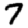
Digit: 7